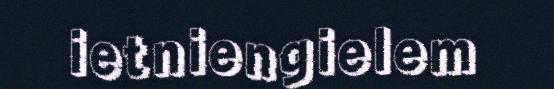
ietniengielem